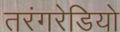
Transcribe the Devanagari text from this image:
तरंगरेडियो